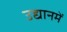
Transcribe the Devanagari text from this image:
उद्यानमें